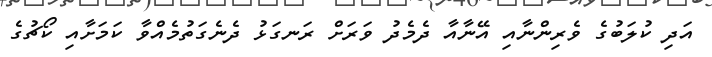
އަދި ކުލަބުގެ ވެރިންނާއި އޭނާއާ ދެމެދު ވަރަށް ރަނގަޅު ދެނެގަތުމެއްވާ ކަމަށާއި ކޯޗުގެ